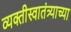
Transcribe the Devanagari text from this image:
व्यक्तीस्वातंत्र्याच्या